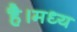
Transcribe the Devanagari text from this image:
है।मध्य